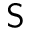
\sf S